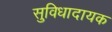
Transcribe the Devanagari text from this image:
सुविधादायक